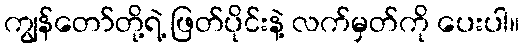
ကျွန်တော်တို့ရဲ့ ဖြတ်ပိုင်းနဲ့ လက်မှတ်ကို ပေးပါ။